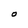
Character: O